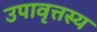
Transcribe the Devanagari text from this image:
उपावृत्तस्य